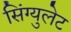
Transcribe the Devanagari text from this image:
सिंग्युलेट